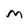
Character: M